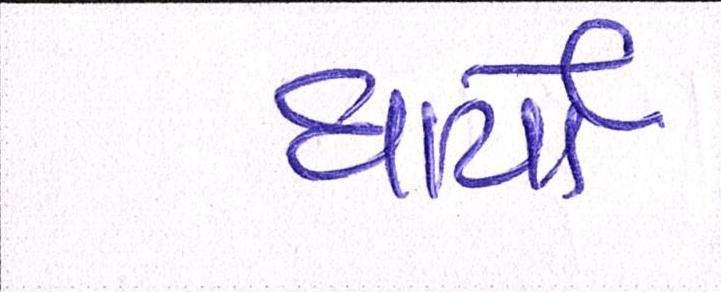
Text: ધાર્યો